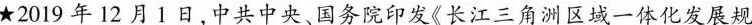
★2019年12月1日，中共中央、国务院印发《长江三角洲区域一体化发展规